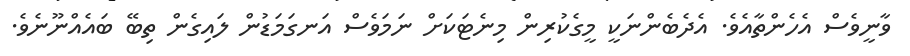
ވާނީވެސް އެހެންތާއެވެ. އެދެބެންނަކީ މީގެކުރިން މިނެޓަކަށް ނަމަވެސް އަނގަމަޑުން ލައިގެން ތިބޭ ބައެއްނޫނެވެ.